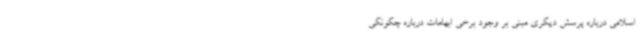
اسلامی درباره پرسش دیگری مبنی بر وجود برخی ابهامات درباره چگونگی